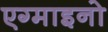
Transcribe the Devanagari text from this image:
एग्माइनो